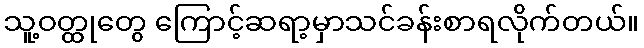
သူ့ဝတ္ထုတွေ ကြောင့်ဆရာ့မှာသင်ခန်းစာရလိုက်တယ်။